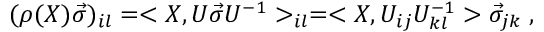
( \rho ( X ) \vec { \sigma } ) _ { i l } = < X , U \vec { \sigma } U ^ { - 1 } > _ { i l } = < X , U _ { i j } U _ { k l } ^ { - 1 } > \vec { \sigma } _ { j k } \; ,